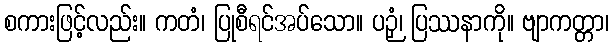
စကားဖြင့်လည်း။ ကတံ၊ ပြုစီရင်အပ်သော။ ပဉှံ၊ ပြဿနာကို။ ဗျာကတ္တာ၊